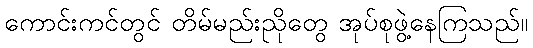
ကောင်းကင်တွင် တိမ်မည်းညိုတွေ အုပ်စုဖွဲ့နေကြသည်။